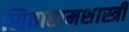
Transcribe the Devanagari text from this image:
सितारामशास्त्री